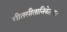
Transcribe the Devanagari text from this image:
गीतसीतानिकेतकः